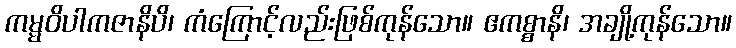
ကမ္မဝိပါကဇာနိပိ၊ ကံကြောင့်လည်းဖြစ်ကုန်သော။ ဧကစ္စာနိ၊ အချို့ကုန်သော။